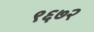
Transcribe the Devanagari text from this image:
९६७२